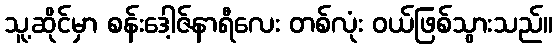
သူ့ဆိုင်မှာ စန်းဒေါ့ဇ်နာရီလေး တစ်လုံး ဝယ်ဖြစ်သွားသည်။